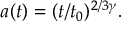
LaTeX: a ( t ) = ( t / t _ { 0 } ) ^ { 2 / 3 \gamma } .